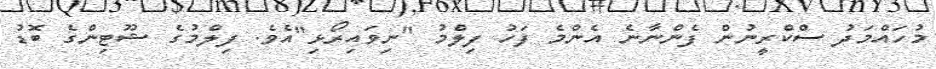
މުހައްމަދު ސްކްރީނުން ފެންނާނެ އެންމެ ފަހު ފިލްމު "ނިވައިރޯޅި"އެވެ. ފިލްމުގެ ޝޫޓިންގެ ބޮޑު